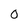
Character: O